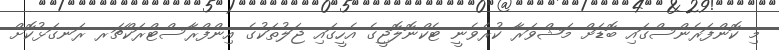
މި ކޮންފަރެންސްގައި ބޮޑަށް މަޝްވަރާ ކުރެވެނީ ޓެކްނޮލޮޖީގެ އެހީގައި ޖަލުތަކުގެ އިންފްރާސްޓްރަކްޗަރ ރަނގަޅުކޮށް